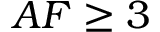
A F \geq 3